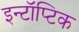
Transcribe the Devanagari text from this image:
इन्टॉप्टिक